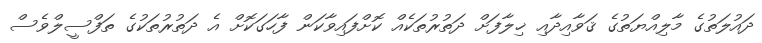
ދައުލަތުގެ މާލިއްޔަތުގެ ޤަވާއިދާއި ޚިލާފަށް ދަތުރުތަކެއް ކޮށްފައިވާކަން ފާހަގަކޮށް އެ ދަތުރުތަކުގެ ތަފްސީލްވެސް